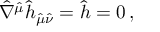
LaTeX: \hat { \nabla } ^ { \hat { \mu } } \hat { h } _ { \hat { \mu } \hat { \nu } } = \hat { h } = 0 \, ,